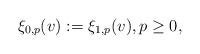
LaTeX: \begin{align*} \xi_{0,p}(v):=\xi_{1,p}(v),p\geq 0,\end{align*}